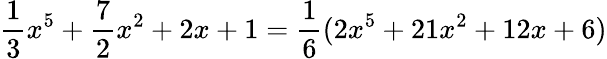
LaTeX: {\frac{1}{3}}x^{5}+{\frac{7}{2}}x^{2}+2x+1={\frac{1}{6}}(2x^{5}+21x^{2}+12x+6)